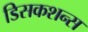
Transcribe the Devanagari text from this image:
डिसकशन्स